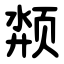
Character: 颒